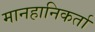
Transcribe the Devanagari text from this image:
मानहानिकर्ता